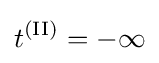
t^{\text{(II)}}=-\infty